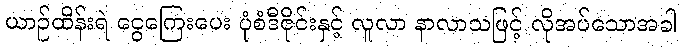
ယာဉ်ထိန်းရဲ ငွေကြေးပေး ပုံစံဒီဇိုင်းနှင့် လူလာ နာလာသဖြင့် လိုအပ်သောအခါ